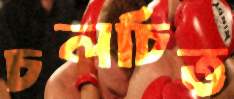
চলচিত্ত